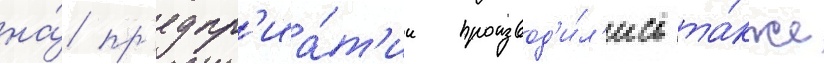
на́ пр'едпр'иа́т'ии производ'и́л'ись та́кже